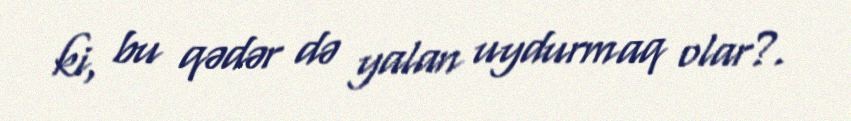
ki, bu qədər də yalan uydurmaq olar?.